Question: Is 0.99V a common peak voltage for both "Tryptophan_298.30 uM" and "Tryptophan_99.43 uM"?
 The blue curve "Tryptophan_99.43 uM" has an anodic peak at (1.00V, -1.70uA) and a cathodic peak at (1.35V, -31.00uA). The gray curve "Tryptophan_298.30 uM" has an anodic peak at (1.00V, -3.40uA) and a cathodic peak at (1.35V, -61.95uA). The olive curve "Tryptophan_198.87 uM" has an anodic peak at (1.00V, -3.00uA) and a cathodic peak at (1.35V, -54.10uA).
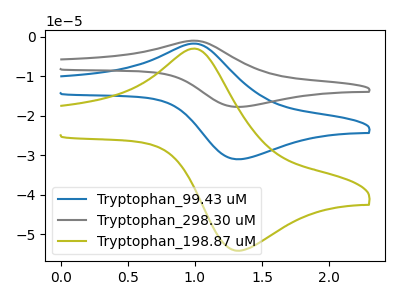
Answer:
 <answer>Yes, "Tryptophan_298.30 uM" and "Tryptophan_99.43 uM" share a peak at 0.99V.</answer>
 <eval>match</eval>